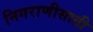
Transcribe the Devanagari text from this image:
निगराणीसाठी